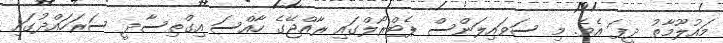
މައުލޫމާތު ދީފަ އެވެ. މި ސަވައިލަންސް ޕެޓްރޯލްގައި ރާއްޖޭގެ ހާއްސަ އިގްތިސާދީ ސަރަހައްދުގައި